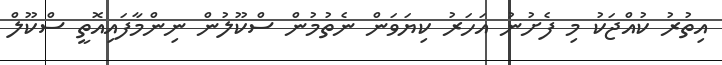
އިތުރު ކުއްޖަކު މި ފެށުނު އަހަރު ކިޔަވަން ނެތުމުން ސްކޫލުން ނިންމާފައިއޮތީ ސްކޫލް